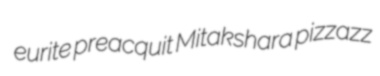
eurite preacquit Mitakshara pizzazz